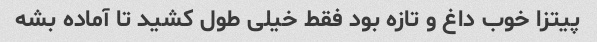
پیتزا خوب داغ و تازه بود فقط خیلی طول کشید تا آماده بشه